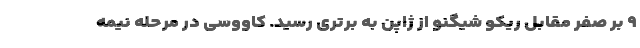
۹ بر صفر مقابل ریکو شیگنو از ژاپن به برتری رسید. کاووسی در مرحله نیمه